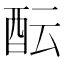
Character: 酝